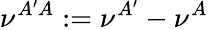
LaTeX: \nu^{A^{\prime}A}:=\nu^{A^{\prime}}-\nu^{A}